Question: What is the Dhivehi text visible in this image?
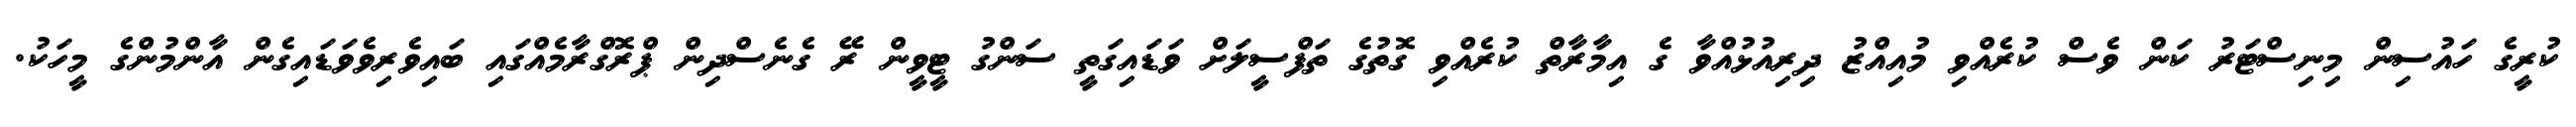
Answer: ކުރީގެ ހައުސިން މިނިސްޓަރު ކަން ވެސް ކުރެއްވި މުއިއްޒު ދިރިއުޅުއްވާ ގެ އިމާރާތް ކުރެއްވި ގޮތުގެ ތަފްސީލަށް ވަޑައިގަތީ ސަންގު ޓީވީން ރޭ ގެނެސްދިން ޕްރޮގްރާމެއްގައި ބައިވެރިވެވަޑައިގެން އާންމުންގެ މީހަކު.